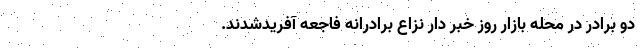
دو برادر در محله بازار روز خبر دار نزاع برادرانه فاجعه آفریدشدند.